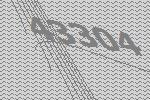
43304